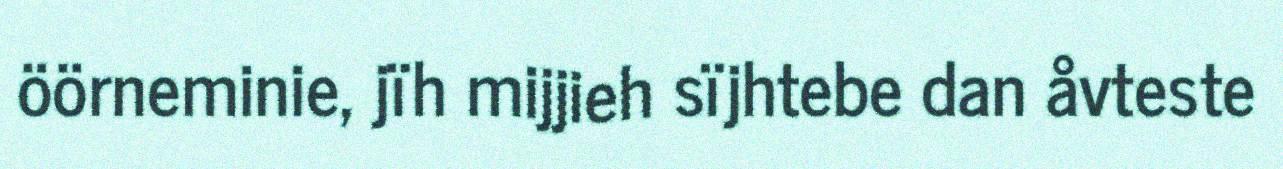
öörneminie, jïh mijjieh sïjhtebe dan åvteste